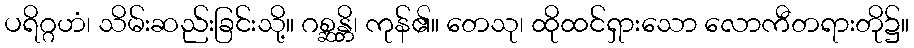
ပရိဂ္ဂဟံ၊ သိမ်းဆည်းခြင်းသို့။ ဂစ္ဆန္တိ၊ ကုန်၏။ တေသု၊ ထိုထင်ရှားသော လောကီတရားတို၌။